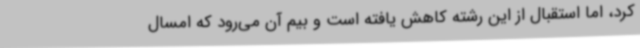
کرد، اما استقبال از این رشته کاهش یافته است و بیم آن می‌رود که امسال